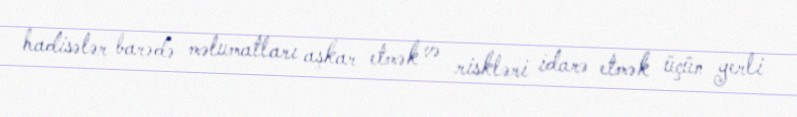
hadisələr barədə məlumatları aşkar etmək və riskləri idarə etmək üçün yerli